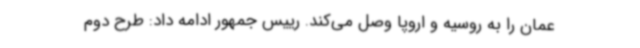
عمان را به روسیه و اروپا وصل می‌کند. رییس جمهور ادامه داد: طرح دوم